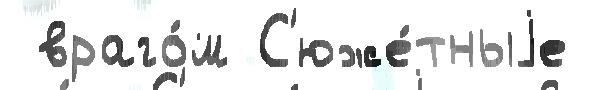
 враго́м С'юже́тныjе